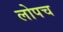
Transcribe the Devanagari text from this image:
लोपच